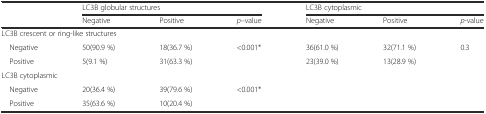
| <ROWSPAN=2>  | <COLSPAN=3> LC3B globular structures | <COLSPAN=3> LC3B cytoplasmic |
 | Negative | Positive | p–value | Negative | Positive | p-value |
 | --- | --- | --- | --- | --- | --- | --- |
 | <COLSPAN=7> LC3B crescent or ring-like structures |
 | Negative | 50(90.9 %) | 18(36.7 %) | <ROWSPAN=2> <0.001* | 36(61.0 %) | 32(71.1 %) | <ROWSPAN=2> 0.3 |
 | Positive | 5(9.1 %) | 31(63.3 %) | 23(39.0 %) | 13(28.9 %) |
 | <COLSPAN=7> LC3B cytoplasmic |
 | Negative | 20(36.4 %) | 39(79.6 %) | <ROWSPAN=2> <0.001* |  |  |  |
 | Positive | 35(63.6 %) | 10(20.4 %) |  |  |  |